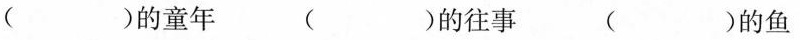
()的童年 ()的往事 ()的鱼